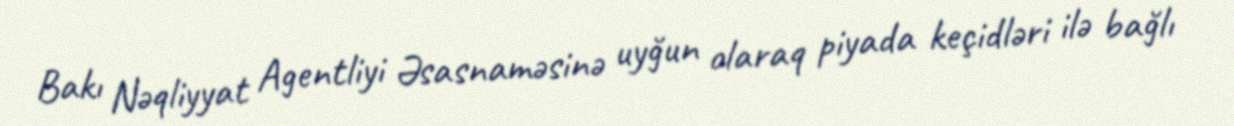
Bakı Nəqliyyat Agentliyi Əsasnaməsinə uyğun olaraq piyada keçidləri ilə bağlı